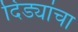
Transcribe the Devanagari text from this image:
दिंड्यांचा